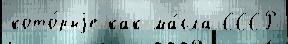
кото́рыjе как ма́сла СССР